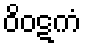
ဝိဝဋကံ